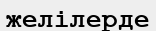
желілерде